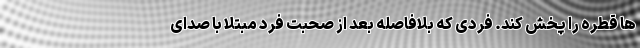
ها قطره را پخش کند. فردی که بلافاصله بعد از صحبت فرد مبتلا با صدای